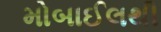
મોબાઈલથી